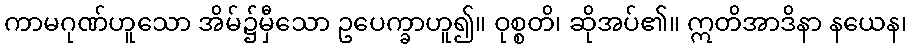
ကာမဂုဏ်ဟူသော အိမ်၌မှီသော ဥပေက္ခာဟူ၍။ ဝုစ္စတိ၊ ဆိုအပ်၏။ ဣတိအာဒိနာ နယေန၊